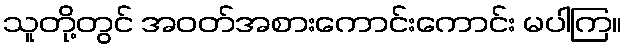
သူတို့တွင် အဝတ်အစားကောင်းကောင်း မပါကြ။